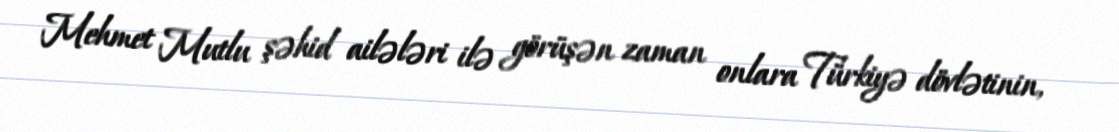
Mehmet Mutlu şəhid ailələri ilə görüşən zaman onlara Türkiyə dövlətinin,